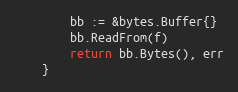
Language: Go
		bb := &bytes.Buffer{}
		bb.ReadFrom(f)
		return bb.Bytes(), err
	}